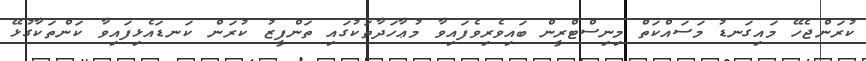
ކުރަންޖެހޭ މައިގަނޑު މަސައްކަތް މިނިސްޓްރީން ބައިވެރިވެފައިވާ މުޢާހަދާތަކުގައި ތަންފީޒު ކުރަން ކަނޑައެޅިފައިވާ ކަންތަކާގުޅޭ